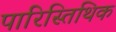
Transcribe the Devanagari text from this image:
पारिस्तिथिक